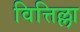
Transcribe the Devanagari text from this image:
वित्तिल्ला